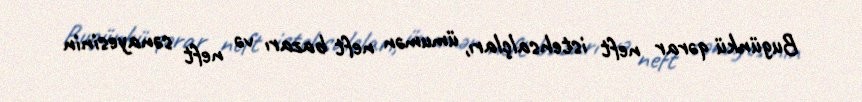
Bugünkü qərar neft istehsalçları, ümumən neft bazarı və neft sənayesinin